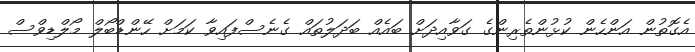
އެގޮތުން އަންހެން ކުޅުންތެރިންގެ ގަވާއިދަށް ބައެއް ބަދަލުތައް ގެނެސްފައިވާ ކަމަށް ހޭންޑްބޯލް މޯލްޑިވްސް